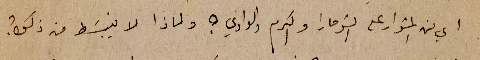
اي من المشوار على الشومارا والكرم والوادي؟ ولماذا لا ينبسط من ذلك؟